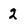
Character: 2